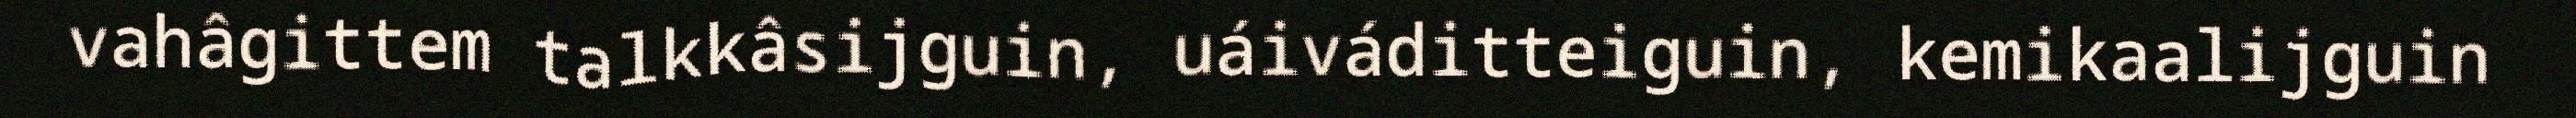
vahâgittem talkkâsijguin, uáiváditteiguin, kemikaalijguin